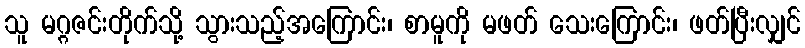
သူ မဂ္ဂဇင်းတိုက်သို့ သွားသည့်အကြောင်း၊ စာမူကို မဖတ် သေးကြောင်း၊ ဖတ်ပြီးလျှင်